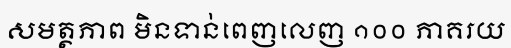
សមត្ថភាព មិនទាន់ពេញលេញ ១០០ ភាគរយ